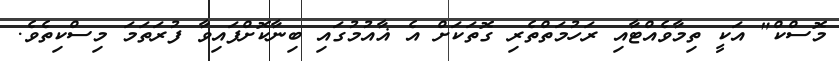
މޮސްކް" އަކީ ތިމާވެއްޓާއި ރަހުމަތްތެރި ގޮތަކަށް އެ ޣާއުމުގައި ބިނާކޮށްފައިވާ ފުރަތަމަ މިސްކިތެވެ.